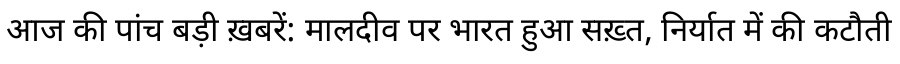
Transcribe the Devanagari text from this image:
आज की पांच बड़ी ख़बरें: मालदीव पर भारत हुआ सख़्त, निर्यात में की कटौती